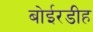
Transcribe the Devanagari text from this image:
बोईरडीह